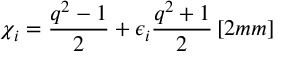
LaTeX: \chi _ { i } = \frac { q ^ { 2 } - 1 } { 2 } + \epsilon _ { i } \frac { q ^ { 2 } + 1 } { 2 } \, [ 2 m m ]